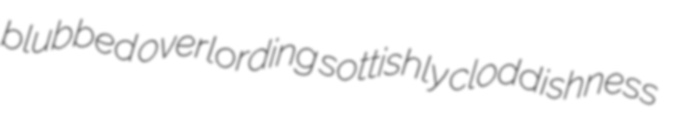
blubbed overlording sottishly cloddishness